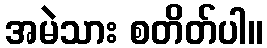
အမဲသား စတိတ်ပါ။